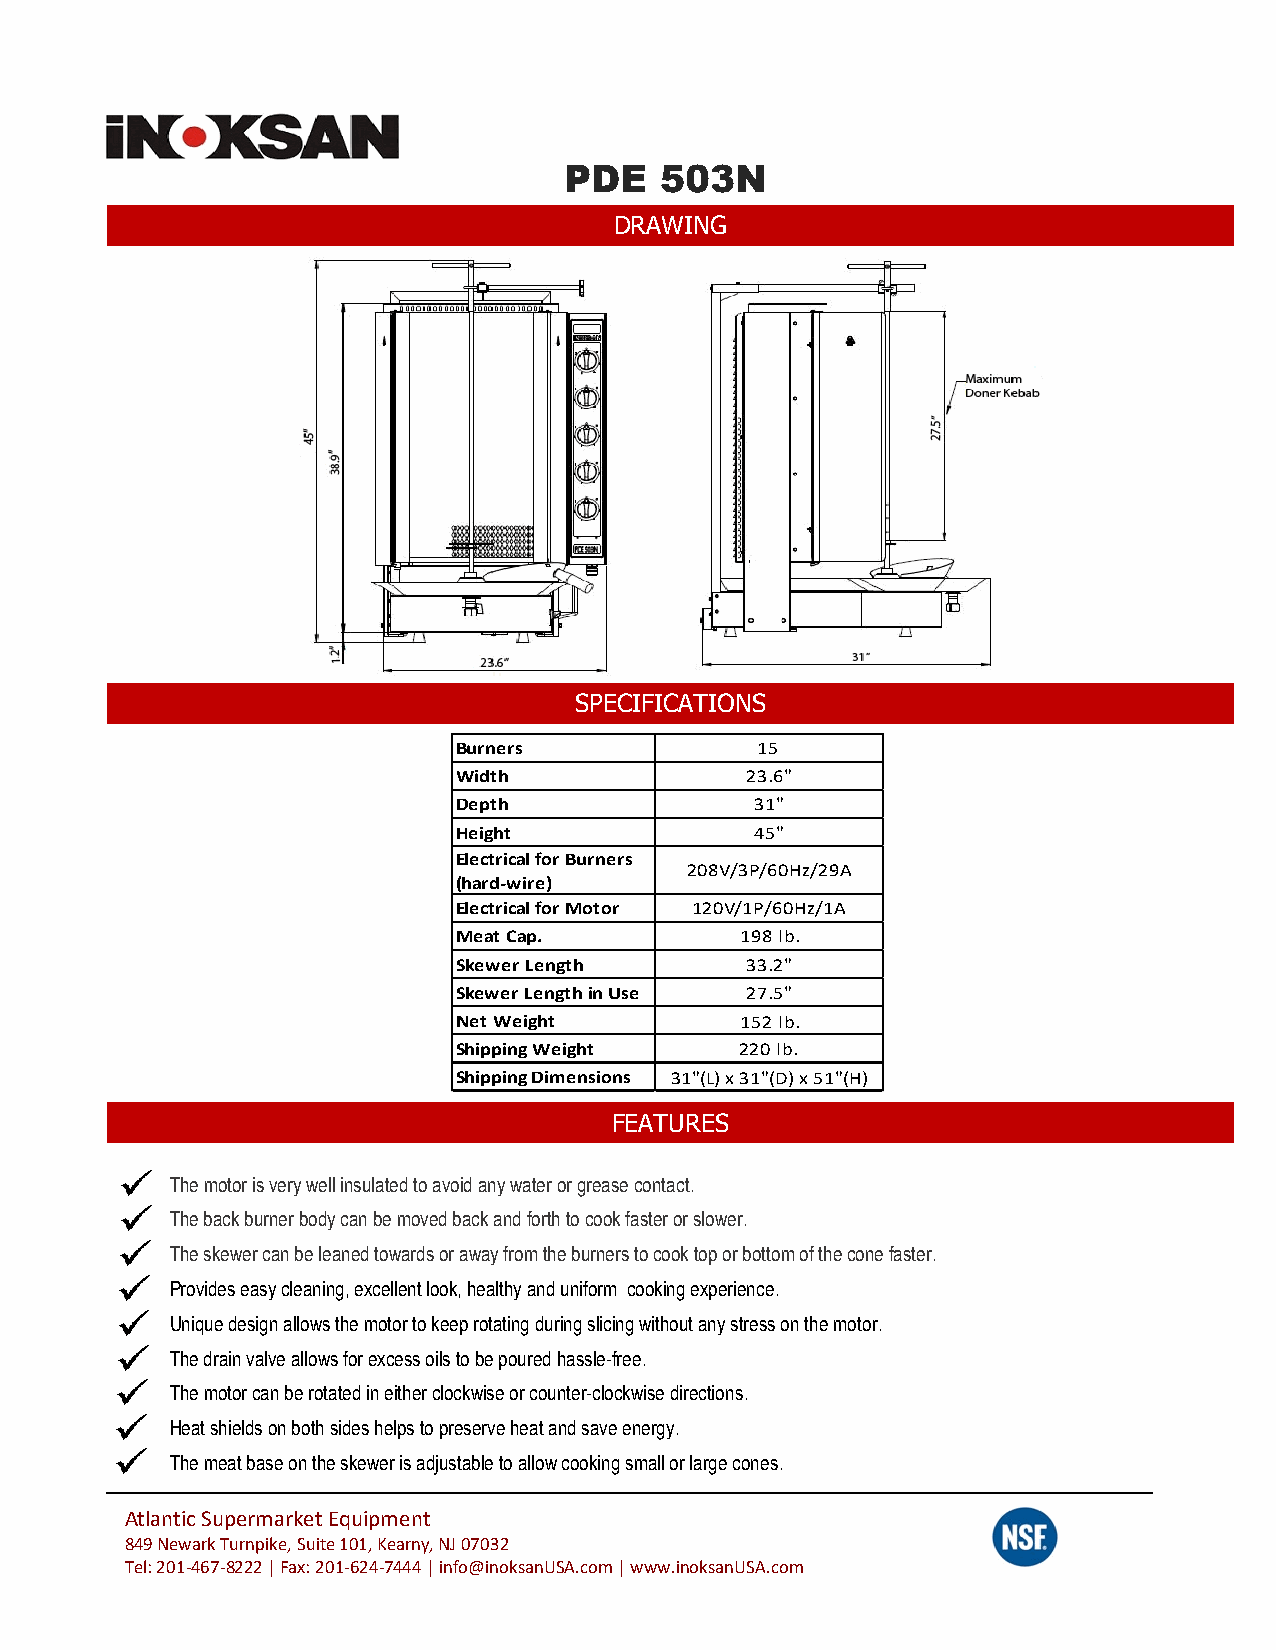
PDE   503N
 DRAWING
 SPECIFICATIONS
 Burners             15
 Width               23.6"
 Depth               31"
 Height              45"
 Electrical for Burners
 208V/3P/60Hz/29A
 (hard-wire)
 Electrical for Motor 120V/1P/60Hz/1A
 Meat Cap.          198 lb.
 Skewer Length       33.2"
 Skewer Length in Use 27.5"
 Net Weight         152 lb.
 Shipping Weight    220 lb.
 Shipping Dimensions 31"(L) x 31"(D) x 51"(H)
 FEATURES
 The motor is very well insulated to avoid any water or grease contact.
 The back burner body can be moved back and forth to cook faster or slower.
 The skewer can be leaned towards or away from the burners to cook top or bottom of the cone faster.
 Provides easy cleaning, excellent look, healthy and uniform cooking experience.
 Unique design allows the motor to keep rotating during slicing without any stress on the motor.
 The drain valve allows for excess oils to be poured hassle-free.
 The motor can be rotated in either clockwise or counter-clockwise directions.
 Heat shields on both sides helps to preserve heat and save energy.
 The meat base on the skewer is adjustable to allow cooking small or large cones.
 Atlantic Supermarket Equipment
 849 Newark Turnpike, Suite 101, Kearny, NJ 07032
 Tel: 201-467-8222 | Fax: 201-624-7444 | info@inoksanUSA.com | www.inoksanUSA.com